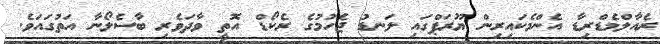
ރެއާލްމެޑްރިިޑާ އެންމެކައިރިން ޔޫރަޕްގައި ލަނޑު ޖެހުމުގެ ރެކޯޑް އޮތީ ވާދަވެރި ބާސެލޯނާ އަތުގައަވެ.